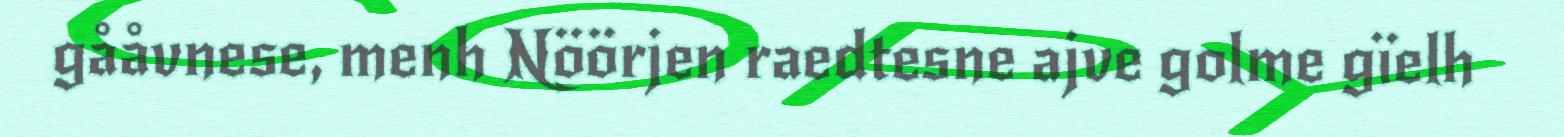
gååvnese, menh Nöörjen raedtesne ajve golme gïelh